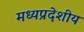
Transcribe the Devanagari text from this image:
मध्यप्रदेशीय